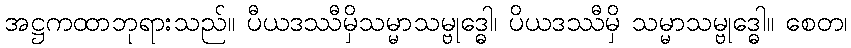
အဋ္ဌကထာဘုရားသည်။ ပီယဒဿီမှိသမ္မာသမ္ဗုဒ္ဓေါ၊ ပိယဒဿီမှိ သမ္မာသမ္ဗုဒ္ဓေါ။ စေတ၊